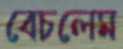
বেচলেম